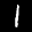
Label: 1